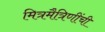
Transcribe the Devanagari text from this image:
मित्रमैत्रिणींची